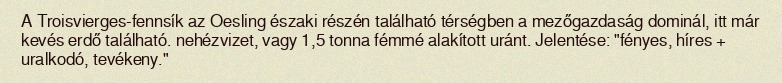
A Troisvierges-fennsík az Oesling északi részén található térségben a mezőgazdaság dominál, itt már kevés erdő található. nehézvizet, vagy 1,5 tonna fémmé alakított uránt. Jelentése: "fényes, híres + uralkodó, tevékeny."